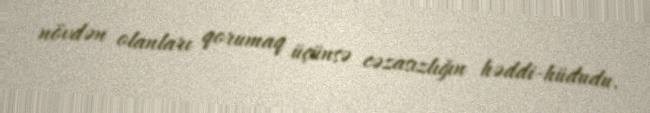
növdən olanları qorumaq üçünsə cəzasızlığın həddi-hüdudu.